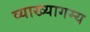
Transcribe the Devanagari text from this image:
व्याख्यागम्य